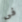
فى